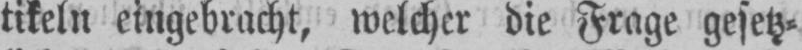
tikeln eingebracht, welcher die Frage gesetz⸗